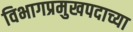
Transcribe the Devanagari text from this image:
विभागप्रमुखपदाच्या